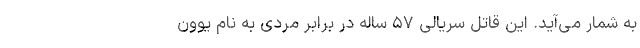
به شمار می‌آید. این قاتل سریالی ۵۷ ساله در برابر مردی به نام یوون